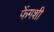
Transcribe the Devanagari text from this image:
फेंगशी